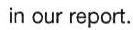
in our report.